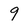
Character: 9